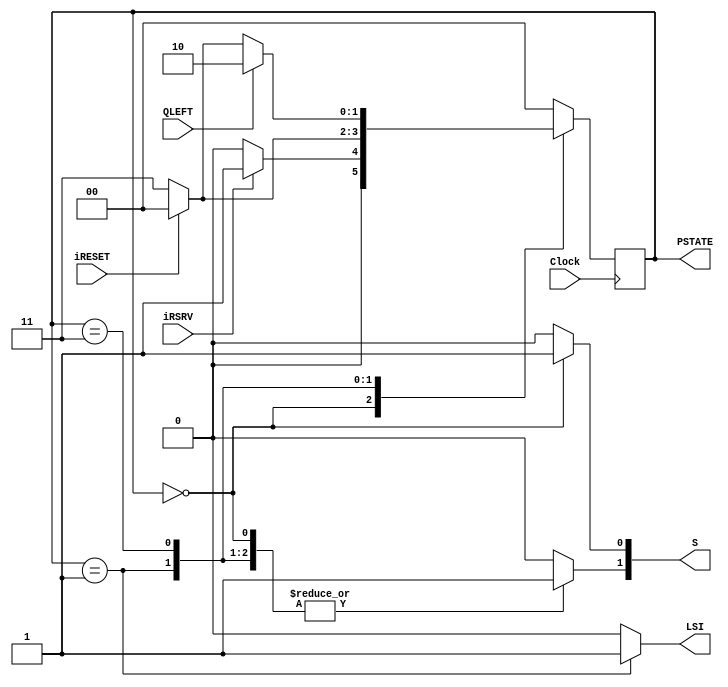
module pong_controller1(Clock, QLEFT, iRESET, iRSRV, S, LSI, PSTATE);
	input Clock, QLEFT, iRESET, iRSRV;
	output reg[1:0] S;
	output reg LSI;
	output reg [1:0] PSTATE;
	reg[1:0] NSTATE;
	parameter [1:0] sIDLE= 2'b00, sRSRV=2'b01, sMOVL=2'b11, sENDLE = 2'b10;
	
	always @(PSTATE)
		case(PSTATE)
			
			sIDLE: if(iRSRV) begin 
						NSTATE <= sRSRV;
						LSI <= 0;
						S[1] <= 1;
						S[0] <= 1;
						end
					else begin 
						NSTATE <= sIDLE;
						LSI <= 0;
						S[1] <= 1;
						S[0] <= 1;
						end
				
			sRSRV: if(iRESET) begin 
						NSTATE <= sIDLE;
						LSI <= 1;
						S[1] <= 1;
						S[0] <= 0;
						end
					 else begin 
						NSTATE <= sMOVL;
						LSI <= 1;
						S[1] <= 1;
						S[0] <= 0;
						end
				
			sMOVL: if(QLEFT) begin
						NSTATE <= sENDLE;
						LSI <= 0;
						S[1] <= 1;
						S[0] <= 0;
						end
					 else if(iRESET)begin
						NSTATE <= sIDLE;
						LSI <= 0;
						S[1] <= 1;
						S[0] <= 0;
						end
					 else begin
						NSTATE <= sMOVL;
						LSI <= 0;
						S[1] <= 1;
						S[0] <= 0;
						end
				default begin 
					NSTATE <= sIDLE;
					LSI <= 0;
					S[1] <= 0;
					S[0] <= 0;
					end
			endcase
			
			always @(posedge Clock)
				PSTATE <= NSTATE;
				
		
			
			
		endmodule